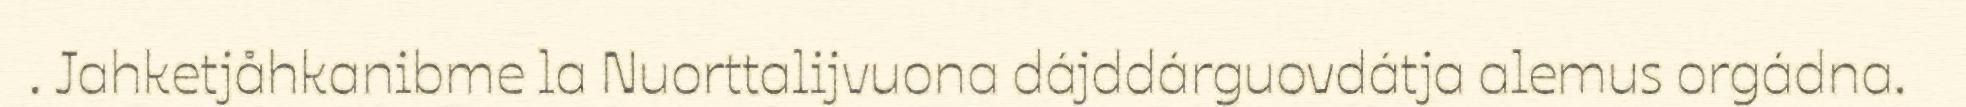
. Jahketjåhkanibme la Nuorttalijvuona dájddárguovdátja alemus orgádna.